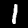
Digit: 1